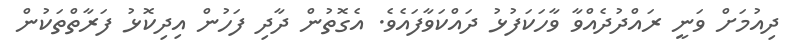
ދިއުމަށް ވަނީ ރައްދުދެއްވާ ވާހަކަފުޅު ދައްކަވާފައެވެ. އެގޮތުން ދާދި ފަހުން އިދިކޮޅު ފަރާތްތަކުން